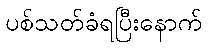
ပစ်သတ်ခံရပြီးနောက်